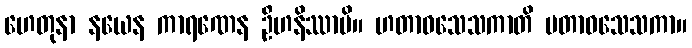
ဟေတုနာ နယေန ကာရဏေန ဦဟနိဿာမိ။ ဟတာဝသေသကာတိ မတာဝသေသကာ။